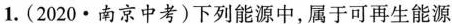
1.(2020·南京中考)下列能源中，属于可再生能源